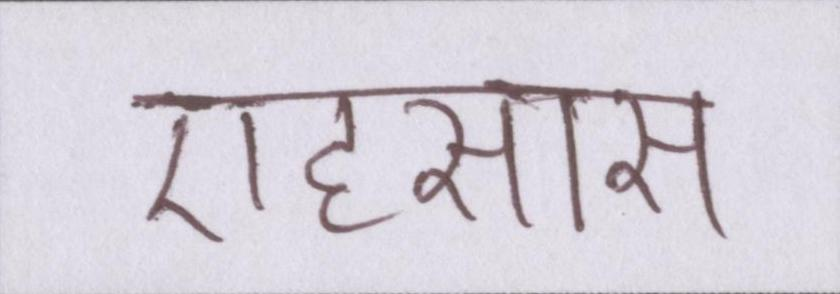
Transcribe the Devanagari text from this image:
एहसास